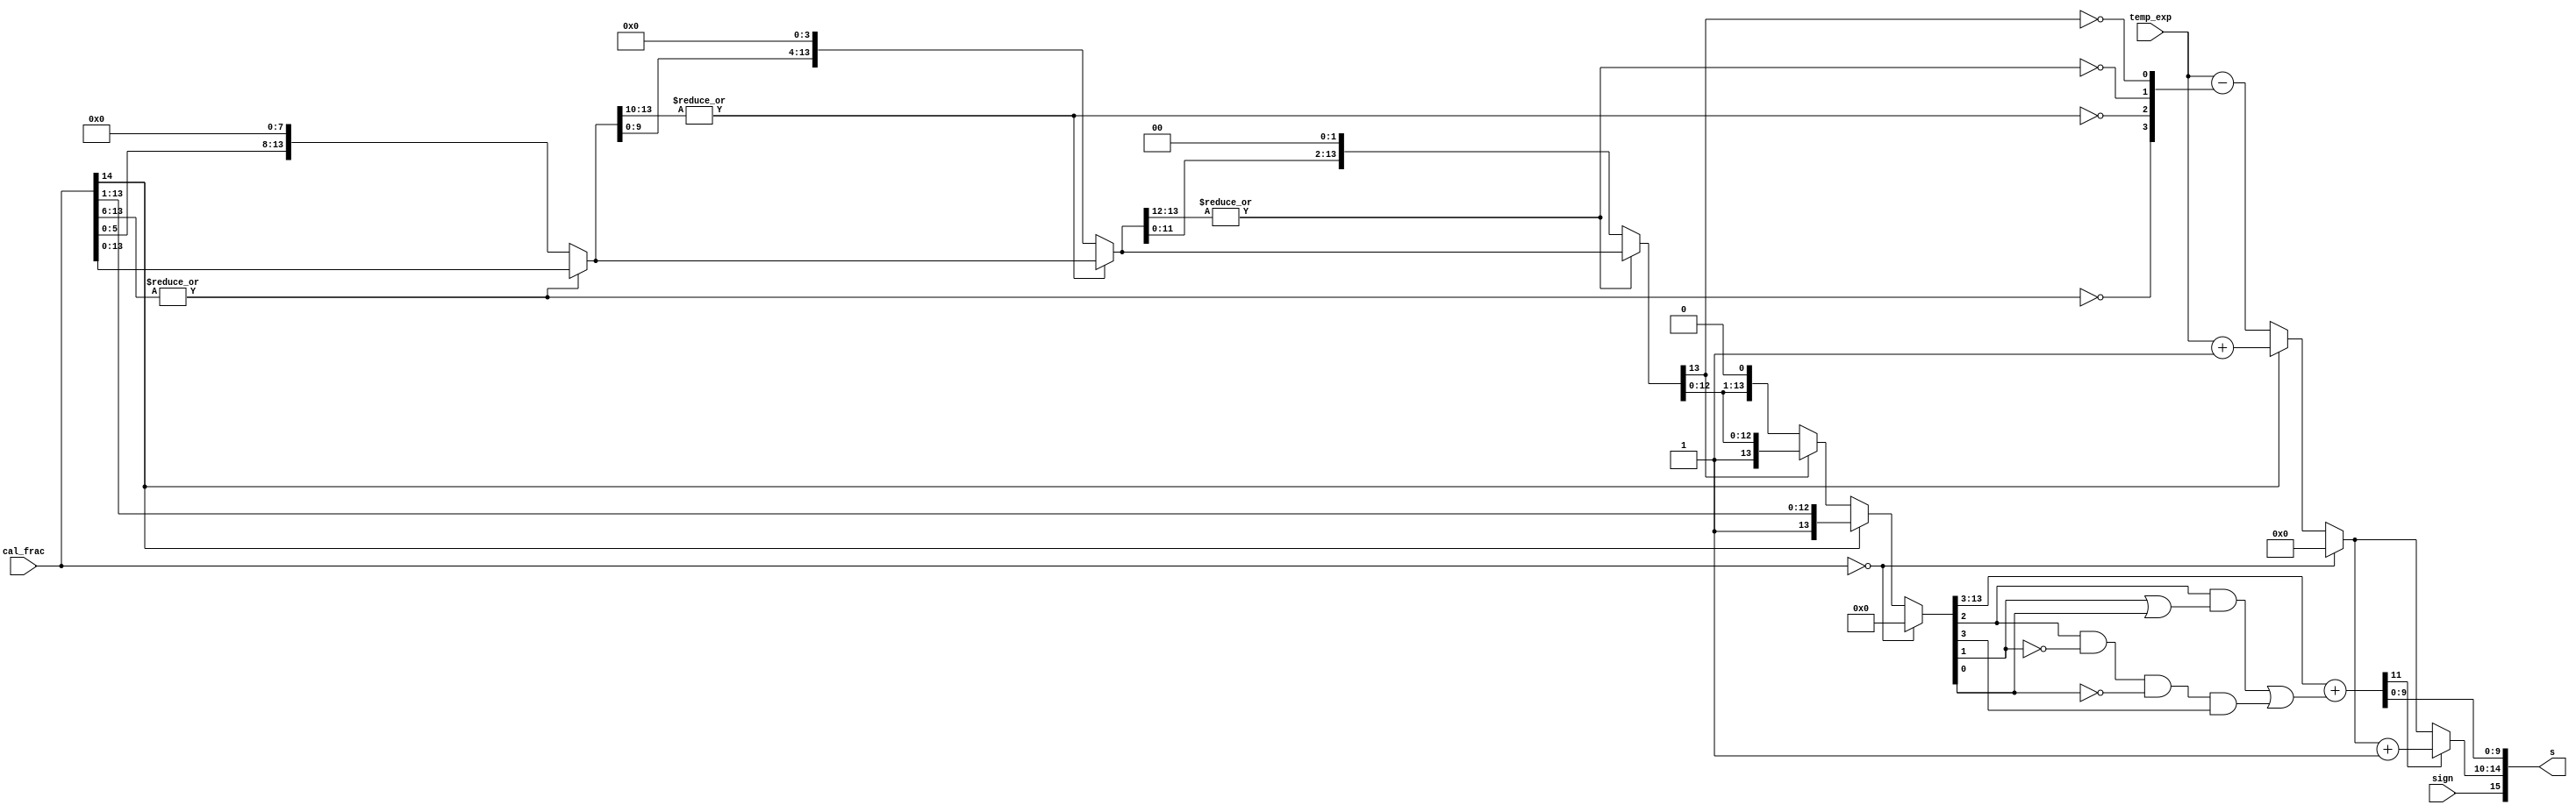
`timescale 1ns / 1ps

/* Normalization */
module fadd_norm (sign,temp_exp,cal_frac,s);
	input sign;		// result sign
	input[4:0] temp_exp;	// temp exponent
	input[14:0] cal_frac;	// fraction before normalization
	output[15:0] s;		// result

    wire [13:0] f3, f2, f1, f0;

    // 1
	wire [3:0] zeros;	// 0
	assign zeros[3] = ~|cal_frac[13:6];	// 8-bit 0
	assign f3 = zeros[3]? {cal_frac[5:0],8'b0} : cal_frac[13:0];
	assign zeros[2] = ~|f3[13:10];			// 4-bit 0
	assign f2 = zeros[2]? {f3[9:0], 4'b0} : f3;
	assign zeros[1] = ~|f2[13:12];			// 2-bit 0
	assign f1 = zeros[1]? {f2[11:0], 2'b0} : f2;
	assign zeros[0] = ~|f1[13];			// 1-bit 0
	assign f0 = zeros[0]? {f1[12:0], 1'b0} : f1;
	reg [13:0] frac0;
	reg [5:0] exp0;

    // exponent
	always @ * begin

		if (cal_frac==0) begin	// Result is 0
			frac0 = 0;
			exp0 = 0;
		end

		else if (cal_frac[14]) begin
			frac0 = cal_frac[14:1];	// 1x.xxxxxxxxxxxxxxxxxxxxxxx xx
			exp0 = temp_exp + 5'h1; // ->1.xxxxxxxxxxxxxxxxxxxxxxx xxx
		end

		else begin
			exp0 = temp_exp - zeros;
			frac0 = f0; // 01.xxxxxxxxxxxxxxxxxxxxxxx xxx
			
		end

	end

    // Rounding
	wire frac_plus_1 =
	frac0[2] & (frac0[1] | frac0[0]) |
	frac0[2] & ~frac0[1] & ~frac0[0] & frac0[3];

	wire[11:0] frac_round = {1'b0, frac0[13:3]} + frac_plus_1;
	wire[4:0] exponent = frac_round[11] ?
							exp0 + 5'h1 :
							exp0;

	assign s = {sign, exponent, frac_round[9:0]};

endmodule